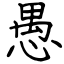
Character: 愚